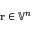
\mathbf { r } \in { \mathbb { V } } ^ { n }